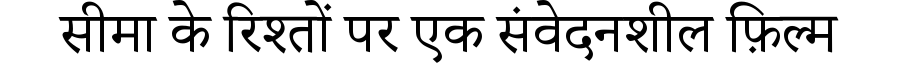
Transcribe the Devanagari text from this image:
सीमा के रिश्तों पर एक संवेदनशील फ़िल्म